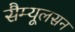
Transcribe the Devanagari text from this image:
सैम्यूलसन